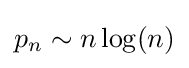
p_{n}\sim n\log(n)